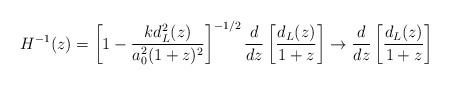
\begin{align*}H^{-1}(z) = \left[ 1 - \frac{k d^2_L(z)}{a_0^2(1+z)^2}\right]^{-1/2} \frac{d}{dz} \left[ \frac{d_L(z)}{1+z}\right] \to \frac{d}{dz} \left[\frac{d_L(z)}{1+z}\right] \end{align*}